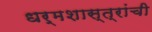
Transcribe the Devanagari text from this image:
धर्मशास्त्रांची